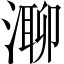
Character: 𣼾